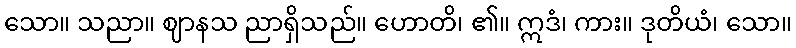
သော။ သညာ။ ဈာနသ ညာရှိသည်။ ဟောတိ၊ ၏။ ဣဒံ၊ ကား။ ဒုတိယံ၊ သော။